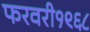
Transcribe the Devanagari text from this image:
फरवरी१९६८